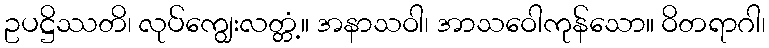
ဥပဋ္ဌိဿတိ၊ လုပ်ကျွေးလတ္တံ့။ အနာသဝါ၊ အာသဝေါကုန်သော။ ဝိတရာဂါ၊